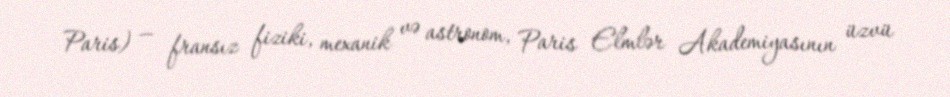
Paris) — fransız fiziki, mexanik və astronom, Paris Elmlər Akademiyasının üzvü